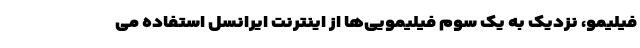
فیلیمو، نزدیک به یک سوم فیلیمویی‌ها از اینترنت ایرانسل استفاده می